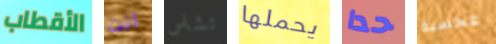
الأقطاب انت تشاس يحملها حدا عكسية